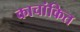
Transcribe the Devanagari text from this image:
काचांकित